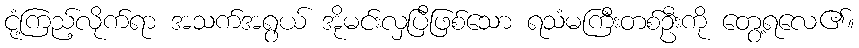
ငုံ့ကြည့်လိုက်ရာ အသက်အရွယ် အိုမင်းလှပြီဖြစ်သော ရသံမကြီးတစ်ဦးကို တွေ့ရလေ၏။